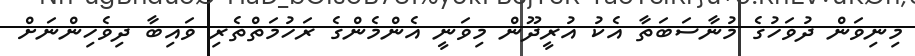
މިނިވަން ދުވަހުގެ މުނާސަބަތާ އެކު އުރީދޫން މިވަނީ އެންމެންގެ ރަހުމަތްތެރި ވައިބާ ދިވެހިންނަށް